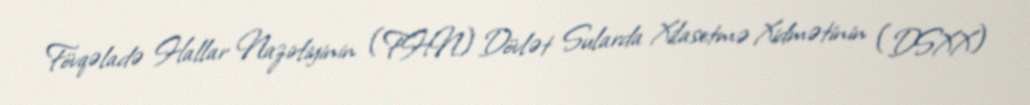
Fövqəladə Hallar Nazirliyinin (FHN) Dövlət Sularda Xilasetmə Xidmətinin (DSXX)